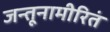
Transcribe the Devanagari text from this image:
जन्तूनामीरितं